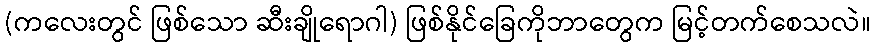
(ကလေးတွင် ဖြစ်သော ဆီးချိုရောဂါ) ဖြစ်နိုင်ခြေကိုဘာတွေက မြင့်တက်စေသလဲ။